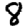
Digit: 8